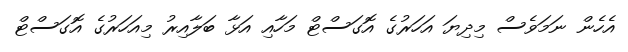
އެހެން ނަމަވެސް މިދިޔަ އަހަރުގެ އޮގަސްޓް މަހާއި އަޅާ ބަލާއިރު މިއަހަރުގެ އޮގަސްޓް